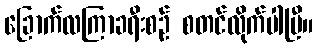
ခြောက်လကြာခရီးစဉ် စတင်လိုက်ပါပြီ။